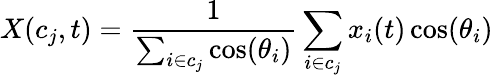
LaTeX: X(c_{j},t)=\frac{1}{\sum_{i\in c_{j}}\cos(\theta_{i})}\sum_{i\in c_{j}}x_{i}(t)\cos(\theta_{i})